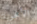
الأعجوبة